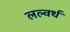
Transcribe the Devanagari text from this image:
लल्वर्थ